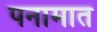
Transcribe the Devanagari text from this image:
पनामात